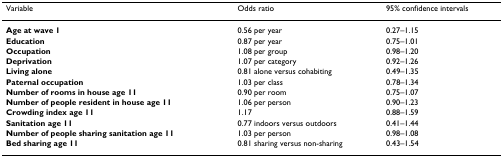
<table><thead><tr><td><b>Variable</b></td><td><b>Odds ratio</b></td><td><b>95% confidence intervals</b></td></tr></thead><tbody><tr><td><b>Age at wave 1</b></td><td>0.56 per year</td><td>0.27–1.15</td></tr><tr><td><b>Education</b></td><td>0.87 per year</td><td>0.75–1.01</td></tr><tr><td><b>Occupation</b></td><td>1.08 per group</td><td>0.98–1.20</td></tr><tr><td><b>Deprivation</b></td><td>1.07 per category</td><td>0.92–1.26</td></tr><tr><td><b>Living alone</b></td><td>0.81 alone versus cohabiting</td><td>0.49–1.35</td></tr><tr><td><b>Paternal occupation</b></td><td>1.03 per class</td><td>0.78–1.34</td></tr><tr><td><b>Number of rooms in house age 11</b></td><td>0.90 per room</td><td>0.75–1.07</td></tr><tr><td><b>Number of people resident in house age 11</b></td><td>1.06 per person</td><td>0.90–1.23</td></tr><tr><td><b>Crowding index age 11</b></td><td>1.17</td><td>0.88–1.59</td></tr><tr><td><b>Sanitation age 11</b></td><td>0.77 indoors versus outdoors</td><td>0.41–1.44</td></tr><tr><td><b>Number of people sharing sanitation age 11</b></td><td>1.03 per person</td><td>0.98–1.08</td></tr><tr><td><b>Bed sharing age 11</b></td><td>0.81 sharing versus non-sharing</td><td>0.43–1.54</td></tr></tbody></table>